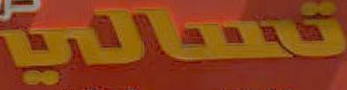
تحالي